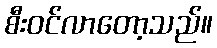
စီးဝင်လာတော့သည်။